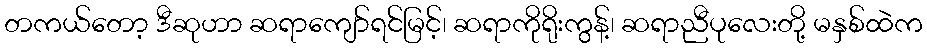
တကယ်တော့ ဒီဆုဟာ ဆရာကျော်ရင်မြင့်၊ ဆရာကိုရိုးကွန့်၊ ဆရာညီပုလေးတို့ မနှစ်ထဲက